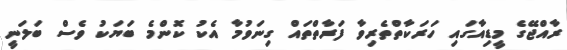
ރާއްޖޭގެ މީޑިއާގައި ހަރަކާތްތެރިވާ ފަރާތްތައް ގިނަވުމާ އެކު ކޮންމެ ބަޔަކު ވެސް ބަލަނީ